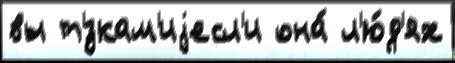
вы т'́зкам'иjесл'и она́ л'ю́д'ях